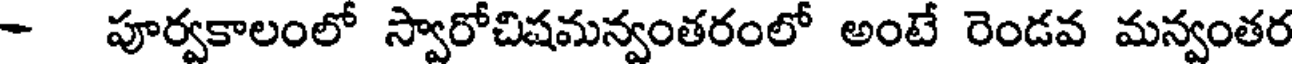
- పూర్వకాలంలో స్వారోచిషమన్వంతరంలో అంటే రెండవ మన్వంతర